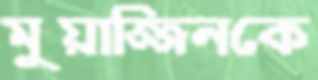
মুয়াজ্জিনকে